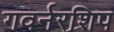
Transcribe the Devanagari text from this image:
गवर्नरशिप